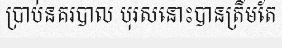
ប្រាប់នគរបាល បុរសនោះបានត្រឹមតែ